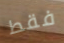
فقط